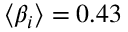
\langle \beta _ { i } \rangle = 0 . 4 3